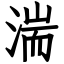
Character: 湍